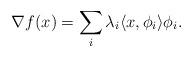
LaTeX: \begin{align*}\nabla f(x) = \sum_i \lambda_i\langle x,\phi_i\rangle\phi_i.\end{align*}